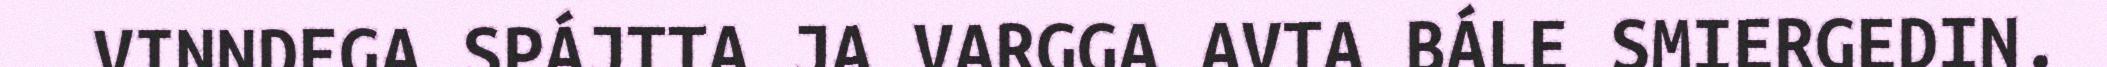
VINNDEGA SPÁJTTA JA VARGGA AVTA BÁLE SMIERGEDIN.